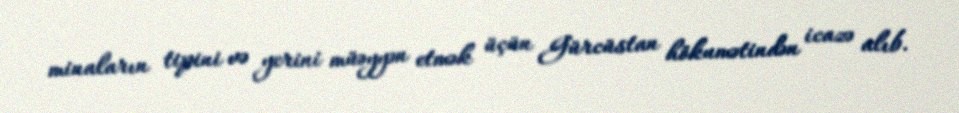
minaların tipini və yerini müəyyən etmək üçün Gürcüstan hökumətindən icazə alıb.